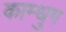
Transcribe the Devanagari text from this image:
काम्धुग